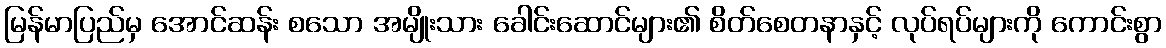
မြန်မာပြည်မှ အောင်ဆန်း စသော အမျိုးသား ခေါင်းဆောင်များ၏ စိတ်စေတနာနှင့် လုပ်ရပ်များကို ကောင်းစွာ